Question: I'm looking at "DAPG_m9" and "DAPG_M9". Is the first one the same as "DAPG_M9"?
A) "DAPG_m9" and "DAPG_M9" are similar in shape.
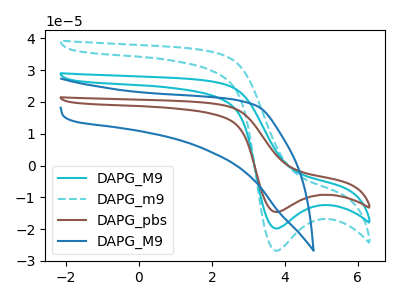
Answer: <think>The cyan curve "DAPG_M9" has a cathodic peak at: (3.75V, -19.80uA). The cyan dashed curve "DAPG_m9" has a cathodic peak at: (3.75V, -26.80uA). The brown curve "DAPG_pbs" has a cathodic peak at: (3.75V, -39.65uA). The blue curve "DAPG_M9" has no peaks.
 All the peaks in "DAPG_m9" have a peak in "DAPG_M9" at the same potential. Every peak in "DAPG_m9" is higher than every peak in "DAPG_M9".</think>
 <answer>A) "DAPG_m9" and "DAPG_M9" are similar in shape.</answer>
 <eval>A</eval>